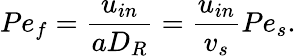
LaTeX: Pe_{f}=\frac{u_{in}}{aD_{R}}=\frac{u_{in}}{v_{s}}Pe_{s}.